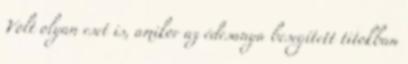
Volt olyan eset is, amikor az édesanya besegített titokban